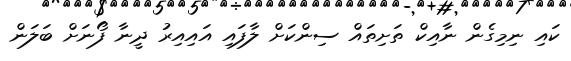
ކައި ނިމިގެން ނާއިކް ތަށިތައް ސިންކަށް ލާފައި އައިއިރު ދީނާ ފޯނަށް ބަލަން